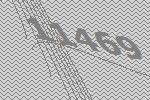
11469